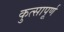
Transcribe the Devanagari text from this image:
कुत्सापूर्ण